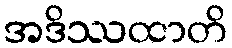
အဒိဿထာတိ